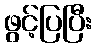
ဖွင့်ပြပြီး